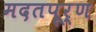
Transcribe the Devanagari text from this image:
मदतपूर्ण